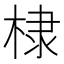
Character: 棣